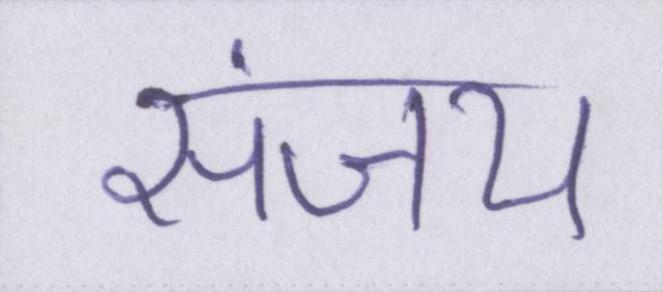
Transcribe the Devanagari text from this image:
संजय